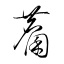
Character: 麇